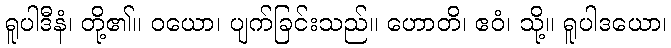
ရူပါဒီနံ၊ တို့၏။ ဝယော၊ ပျက်ခြင်းသည်။ ဟောတိ၊ ဧဝံ၊ သို့။ ရူပါဒယော၊